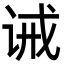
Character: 诫